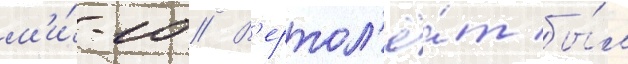
м'и́-10 // В'ертол'ё́т бы́л